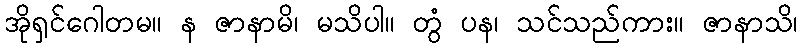
အိုရှင်ဂေါတမ။ န ဇာနာမိ၊ မသိပါ။ တွံ ပန၊ သင်သည်ကား။ ဇာနာသိ၊